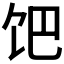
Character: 𩠀